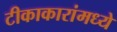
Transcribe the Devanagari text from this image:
टीकाकारांमध्ये